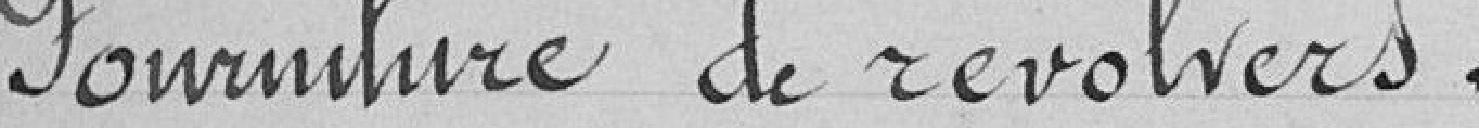
Fourniture de révolvers